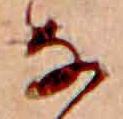
な